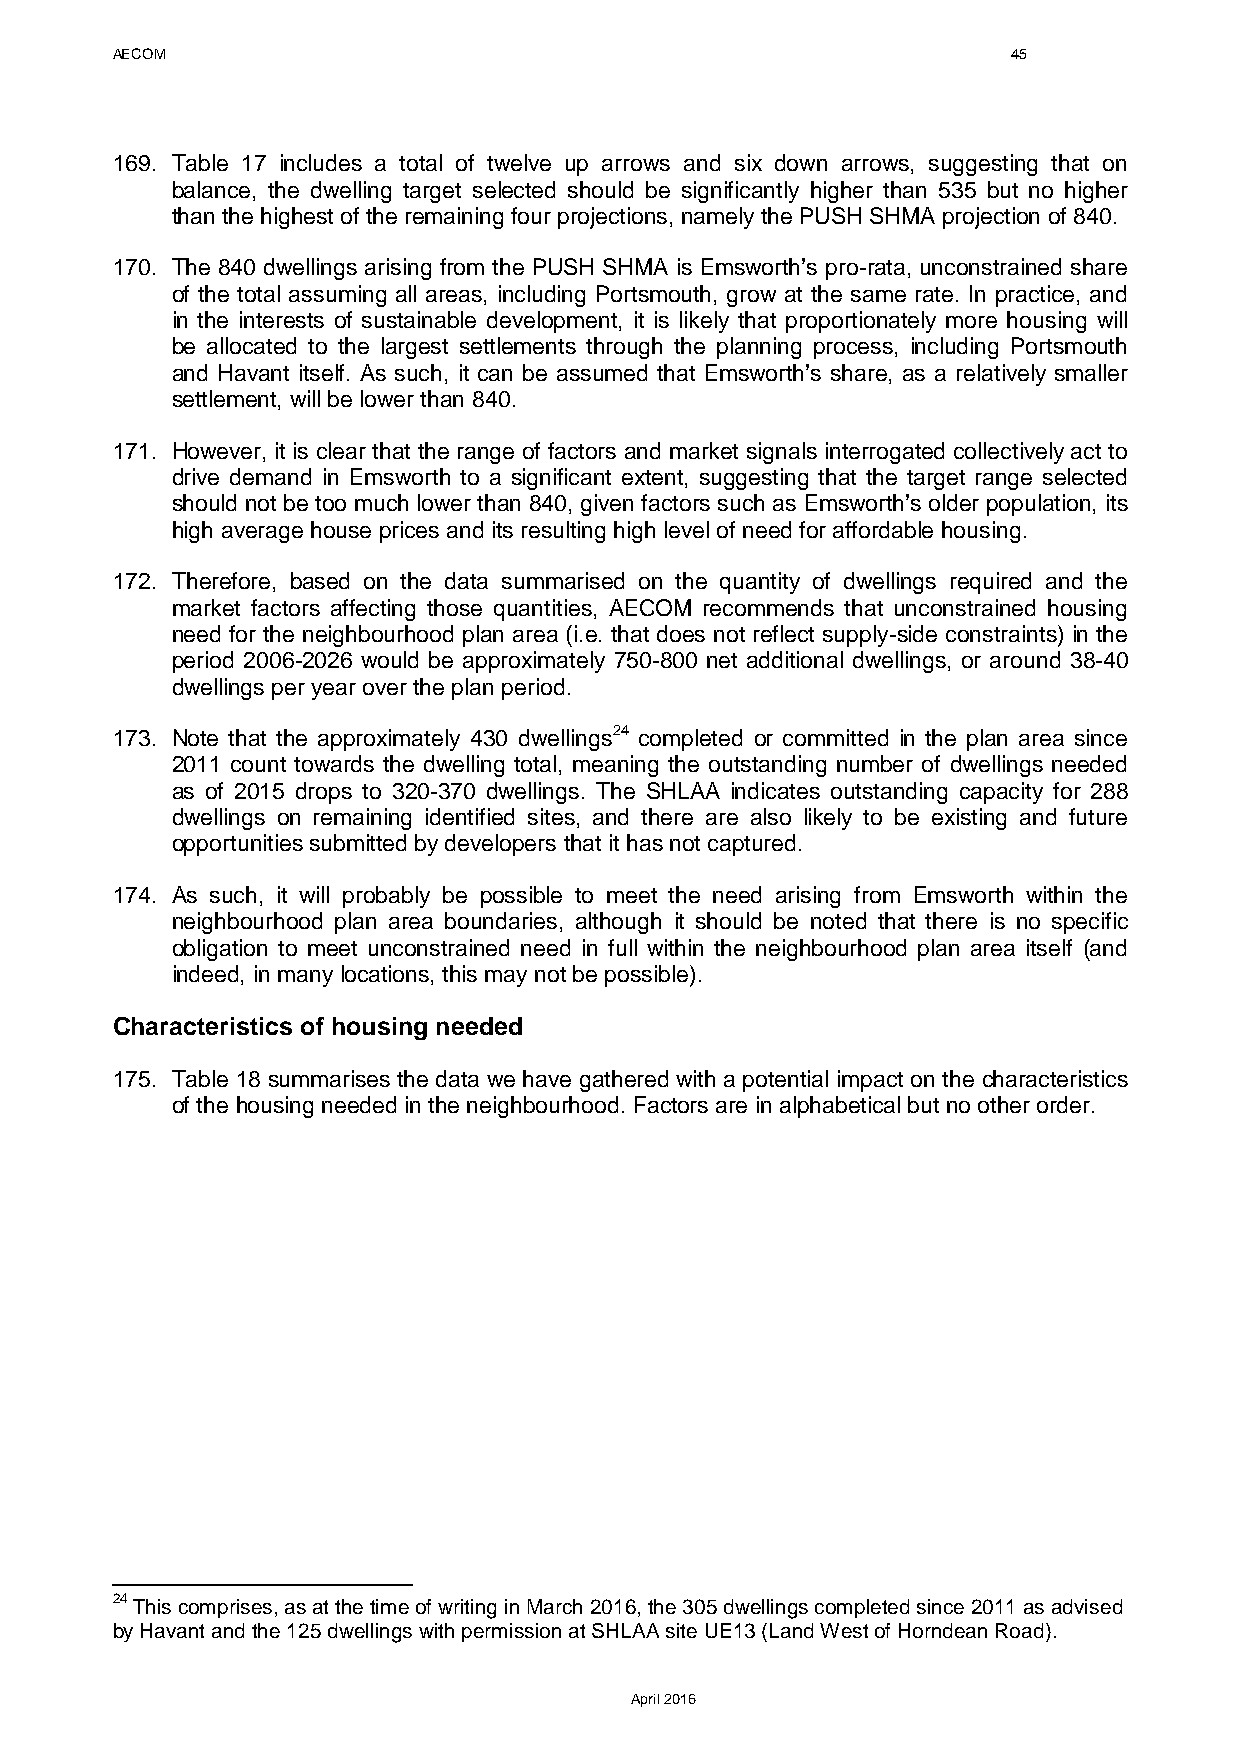
AECOM                                                       45
 169. Table 17 includes a total of twelve up arrows and six down arrows, suggesting that on
 balance, the dwelling target selected should be significantly higher than 535 but no higher
 than the highest of the remaining four projections, namely the PUSH SHMA projection of 840.
 170. The 840 dwellings arising from the PUSH SHMA is Emsworth’s pro-rata, unconstrained share
 of the total assuming all areas, including Portsmouth, grow at the same rate. In practice, and
 in the interests of sustainable development, it is likely that proportionately more housing will
 be allocated to the largest settlements through the planning process, including Portsmouth
 and Havant itself. As such, it can be assumed that Emsworth’s share, as a relatively smaller
 settlement, will be lower than 840.
 171. However, it is clear that the range of factors and market signals interrogated collectively act to
 drive demand in Emsworth to a significant extent, suggesting that the target range selected
 should not be too much lower than 840, given factors such as Emsworth’s older population, its
 high average house prices and its resulting high level of need for affordable housing.
 172. Therefore, based on the data summarised on the quantity of dwellings required and the
 market factors affecting those quantities, AECOM recommends that unconstrained housing
 need for the neighbourhood plan area (i.e. that does not reflect supply-side constraints) in the
 period 2006-2026 would be approximately 750-800 net additional dwellings, or around 38-40
 dwellings per year over the plan period.
 173. Note that the approximately 430 dwellings24 completed or committed in the plan area since
 2011 count towards the dwelling total, meaning the outstanding number of dwellings needed
 as of 2015 drops to 320-370 dwellings. The SHLAA indicates outstanding capacity for 288
 dwellings on remaining identified sites, and there are also likely to be existing and future
 opportunities submitted by developers that it has not captured.
 174. As such, it will probably be possible to meet the need arising from Emsworth within the
 neighbourhood plan area boundaries, although it should be noted that there is no specific
 obligation to meet unconstrained need in full within the neighbourhood plan area itself (and
 indeed, in many locations, this may not be possible).
 Characteristics of housing needed
 175. Table 18 summarises the data we have gathered with a potential impact on the characteristics
 of the housing needed in the neighbourhood. Factors are in alphabetical but no other order.
 24 This comprises, as at the time of writing in March 2016, the 305 dwellings completed since 2011 as advised
 by Havant and the 125 dwellings with permission at SHLAA site UE13 (Land West of Horndean Road).
 April 2016